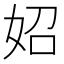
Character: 妱